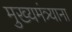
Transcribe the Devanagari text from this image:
मुख्यमंत्र्याना